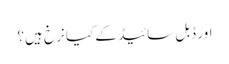
اور ڈبل سائیڈ کے کیا نرخ ہیں؟